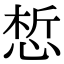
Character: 惁